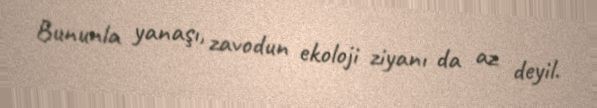
Bununla yanaşı, zavodun ekoloji ziyanı da az deyil.